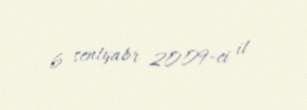
6 sentyabr 2009-ci il